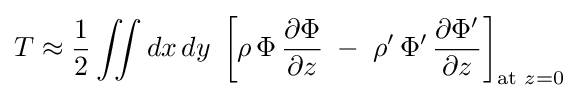
T\approx {\frac {1}{2}}\iint dx\,dy\;\left[\rho \,\Phi \,{\frac {\partial \Phi }{\partial z}}\;-\;\rho '\,\Phi '\,{\frac {\partial \Phi '}{\partial z}}\right]_{{\text{at }}z=0}